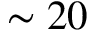
\sim 2 0